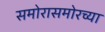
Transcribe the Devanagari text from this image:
समोरासमोरच्या